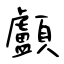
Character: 顱